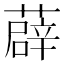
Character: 薜